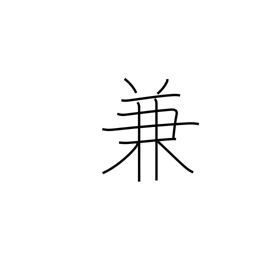
Meaning: beforehand